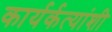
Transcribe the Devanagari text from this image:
कार्यर्कत्यांशी